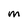
Character: m